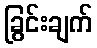
ခြွင်းချက်